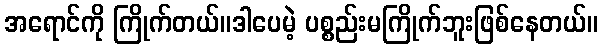
အရောင်ကို ကြိုက်တယ်။ဒါပေမဲ့ ပစ္စည်းမကြိုက်ဘူးဖြစ်နေတယ်။